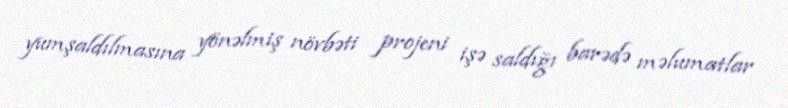
yumşaldılmasına yönəlmiş növbəti projeni işə saldığı barədə məlumatlar